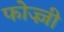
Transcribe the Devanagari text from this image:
फोज्ज़ी